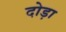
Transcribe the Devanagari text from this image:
दोड़ा